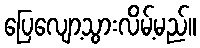
ပြေလျော့သွားလိမ့်မည်။